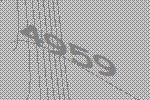
4959